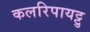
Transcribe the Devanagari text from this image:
कलरिपायट्टु